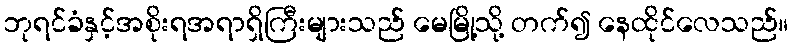
ဘုရင်ခံနှင့်အစိုးရအရာရှိကြီးများသည် မေမြို့သို့ တက်၍ နေထိုင်လေသည်။